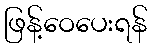
ဖြန့်ဝေပေးရန်